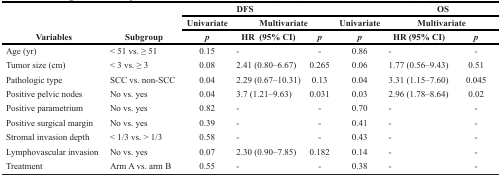
<table><thead><tr><td rowspan="3"><b>Variables</b></td><td rowspan="3"><b>Subgroup</b></td><td colspan="3"><b>DFS</b></td><td colspan="3"><b>OS</b></td></tr><tr><td><b>Univariate</b></td><td colspan="2"><b>Multivariate</b></td><td><b>Univariate</b></td><td colspan="2"><b>Multivariate</b></td></tr><tr><td><b><i>p</i></b></td><td><b>HR (95% CI)</b></td><td><b><i>p</i></b></td><td><b><i>p</i></b></td><td><b>HR (95% CI)</b></td><td><b><i>p</i></b></td></tr></thead><tbody><tr><td>Age (yr)</td><td>&lt; 51 vs. ≥ 51</td><td>0.15</td><td>-</td><td>-</td><td>0.86</td><td>-</td><td>-</td></tr><tr><td>Tumor size (cm)</td><td>&lt; 3 vs. ≥ 3</td><td>0.08</td><td>2.41 (0.80–6.67)</td><td>0.265</td><td>0.06</td><td>1.77 (0.56–9.43)</td><td>0.51</td></tr><tr><td>Pathologic type</td><td>SCC vs. non-SCC</td><td>0.04</td><td>2.29 (0.67–10.31)</td><td>0.13</td><td>0.04</td><td>3.31 (1.15–7.60)</td><td>0.045</td></tr><tr><td>Positive pelvic nodes</td><td>No vs. yes</td><td>0.04</td><td>3.7 (1.21–9.63)</td><td>0.031</td><td>0.03</td><td>2.96 (1.78–8.64)</td><td>0.02</td></tr><tr><td>Positive parametrium</td><td>No vs. yes</td><td>0.82</td><td>-</td><td>-</td><td>0.70</td><td>-</td><td>-</td></tr><tr><td>Positive surgical margin</td><td>No vs. yes</td><td>0.39</td><td>-</td><td>-</td><td>0.41</td><td>-</td><td>-</td></tr><tr><td>Stromal invasion depth</td><td>&lt; 1/3 vs. &gt; 1/3</td><td>0.58</td><td>-</td><td>-</td><td>0.43</td><td>-</td><td>-</td></tr><tr><td>Lymphovascular invasion</td><td>No vs. yes</td><td>0.07</td><td>2.30 (0.90–7.85)</td><td>0.182</td><td>0.14</td><td>-</td><td>-</td></tr><tr><td>Treatment</td><td>Arm A vs. arm B</td><td>0.55</td><td>-</td><td>-</td><td>0.38</td><td>-</td><td>-</td></tr></tbody></table>